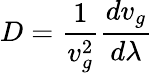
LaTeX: D={\frac{1}{v_{g}^{2}}}{\frac{dv_{g}}{d\lambda}}